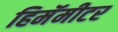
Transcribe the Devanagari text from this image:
हिमॅमीटर